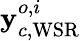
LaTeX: {\mathbf y}_{c,\mathrm{WSR}}^{o,i}